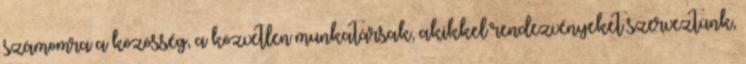
számomra a közösség, a közvetlen munkatársak, akikkel rendezvényeket szerveztünk,